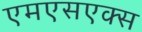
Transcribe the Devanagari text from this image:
एमएसएक्स